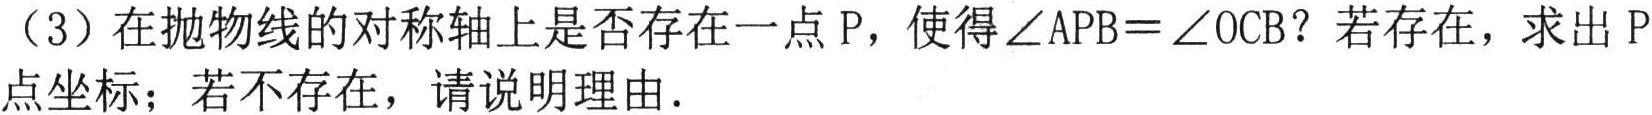
（3）在抛物线的对称轴上是否存在一点\(P\)，使得\(\angle APB = \angle OCB\)？若存在，求出\(P\)点坐标；若不存在，请说明理由.